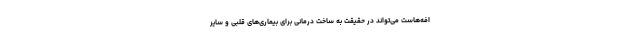
افه‌هاست می‌تواند در حقیقت به ساخت درمانی برای بیماری‌های قلبی و سایر